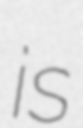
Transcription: is